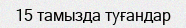
15 тамызда туғандар